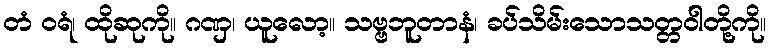
တံ ဝရံ၊ ထိုဆုကို။ ဂဏှ၊ ယူလော့။ သဗ္ဗဘူတာနံ၊ ခပ်သိမ်းသောသတ္တဝါတို့ကို။